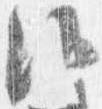
候